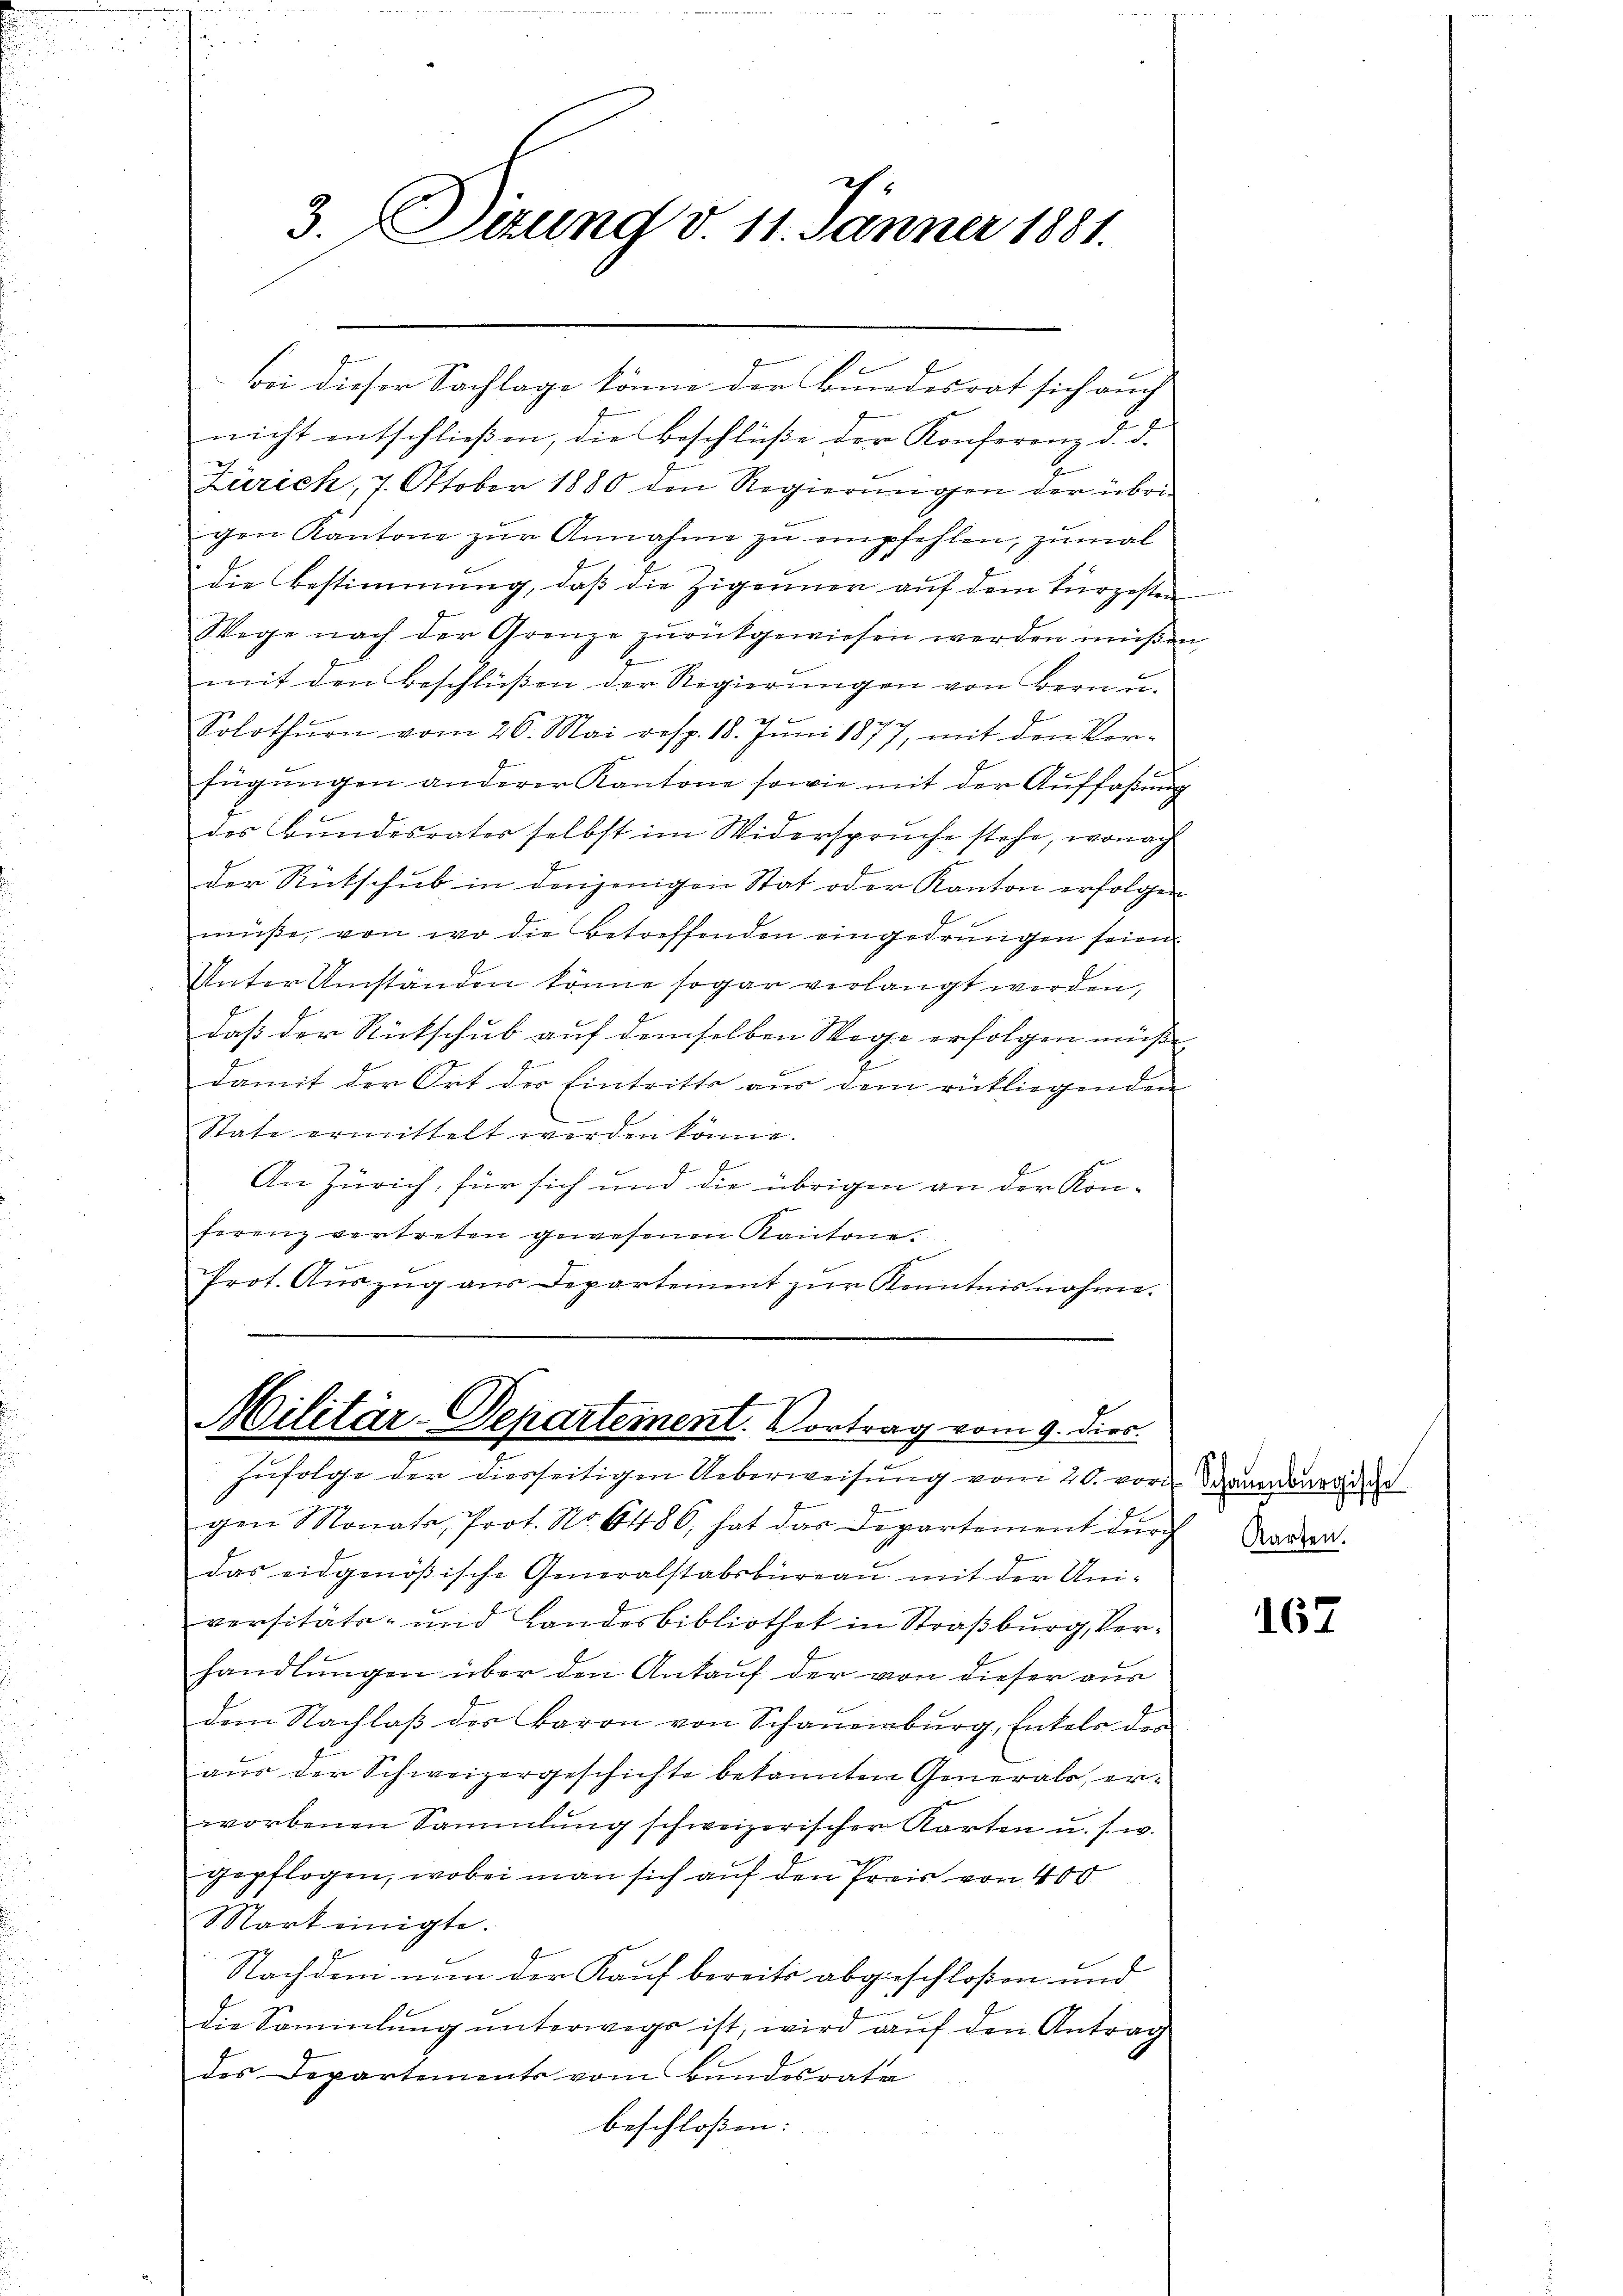
3. Derung v. 11. Jänner 1881.

bei dieser Sachlage könne der Bundesrat sich auch
nicht entschließen, die Beschlüße der Konferenz d. d.
Zürich, 7. Oktober 1880 den Regierungen der übrigen Kantone zŭr Annahme zu empfehlen, zumal
die Bestimmung, daβ die Zigeuner aŭf dem kürzesten
Wege nach der Grenze zurückgewiesen werden müßen
mit den Beschlüßen der Regierŭngen von Bern u.
Solothurn vom 26. Mai resp. 18. Jŭni 1877, mit den Ver-
fügŭngen anderer Kantone sowie mit der Aŭffaβŭng
des Bundesrater selbst im Widerspruche stehe, wonach
der Rückschub in denjenigen Stat oder Kanton erfolgen
müße, von wo die Betreffenden eingedrungen seien.
Unter Umständen könne sogar verlangt werden,
daß der Rückschub auf demselben Wege erfolgen müsse, |
damit der Ort der Eintritts aus dem rückliegenden
State ermittelt werden könne.
An Zürich, für sich und die übrigen an der Konferenz vertreten gewesenen Kantone.
Prot. Aŭszŭg aŭs Departement zŭr Kenntnisnahme.

Militär-Departement. Vortrag vom 9. dies
Zufolge der diesseitigen Ueberweisung vom 20. vor danebendige

gen Monats, Prot. No. 6486, hat das Departement durch
das eidgenößische Generalstabsbureau mit der Universitäts- und Landesbibliothek in Straßburg, Verhandlungen über den Ankauf der von dieser aus
dem Nachlaβ des Baron von Schauenburg, Enkels der
aus der Schweizergeschichte bekannten Generals, erworbenen Sammlung schweizerischer Karten u. s. w.
gepflogen, wobei man sich auf den Preis von 400
Mart einigte.
Nachdem nun der Kauf bereits abgeschloßen und
die Sammlung unterwegs ist, wird auf den Antrag
des Departements vom Bundesrate
beschloßen:

Karten.

e

167